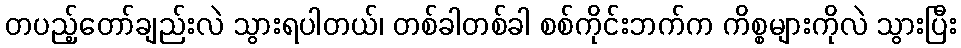
တပည့်တော်ချည်းလဲ သွားရပါတယ်၊ တစ်ခါတစ်ခါ စစ်ကိုင်းဘက်က ကိစ္စများကိုလဲ သွားပြီး